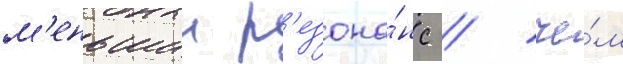
м'еньшии р'езона́нс / че́м